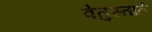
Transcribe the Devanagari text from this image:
वेतुस्ताते